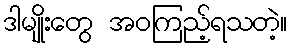
ဒါမျိုးတွေ အဝကြည့်ရသတဲ့။